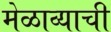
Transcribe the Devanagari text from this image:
मेळाव्याची